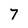
Character: 7